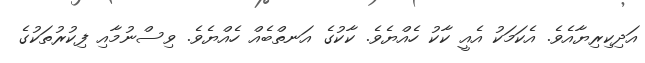
އަދިކިރިޔާއެވެ. އެކަމަކު އެއީ ކާކު ހެއްޔެވެ. ކާކުގެ އަނތްބެއް ހެއްޔެވެ. ވިސްނުމާއި ފިކުރުތަކުގެ